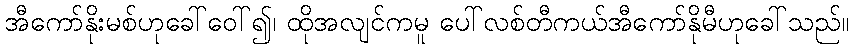
အီကော်နိုးမစ်ဟုခေါ်ဝေါ်၍၊ ထိုအလျင်ကမူ ပေါ်လစ်တီကယ်အီကော်နိုမီဟုခေါ်သည်။